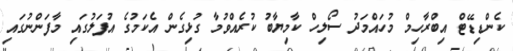
ކެންޑިޑޭޓް އިބްރާހިމް މުހައްމަދު ސޯލިހް ކާމިޔާބު ކުރެއްވުމާ ގުޅިގެން އެކަމުގެ އުފަލުގައި މާފަންނުގައި